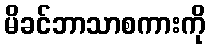
မိခင်ဘာသာစကားကို